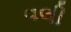
વલી